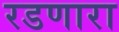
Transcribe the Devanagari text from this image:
रडणारा